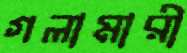
গলামারী